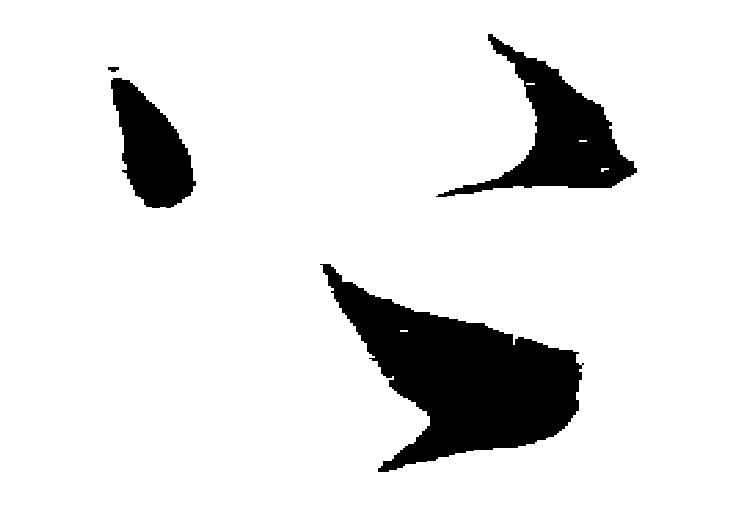
上